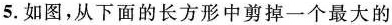
5. 如图，从下面的长方形中剪掉一个最大的